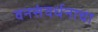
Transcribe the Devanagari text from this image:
वनसंवर्धनाचा